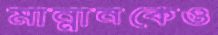
মান্নানকেও